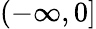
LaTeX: (-\infty,0]